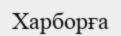
Харборға